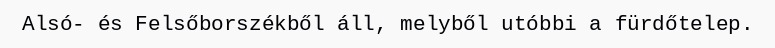
Alsó- és Felsőborszékből áll, melyből utóbbi a fürdőtelep.